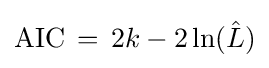
\mathrm {AIC} \,=\,2k-2\ln({\hat {L}})